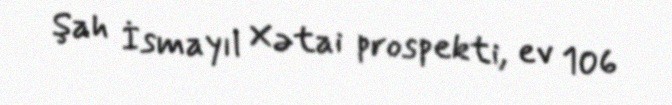
Şah İsmayıl Xətai prospekti, ev 106